Vaccination report Assam 1896-1927 - 1896-1927
Year: 1896
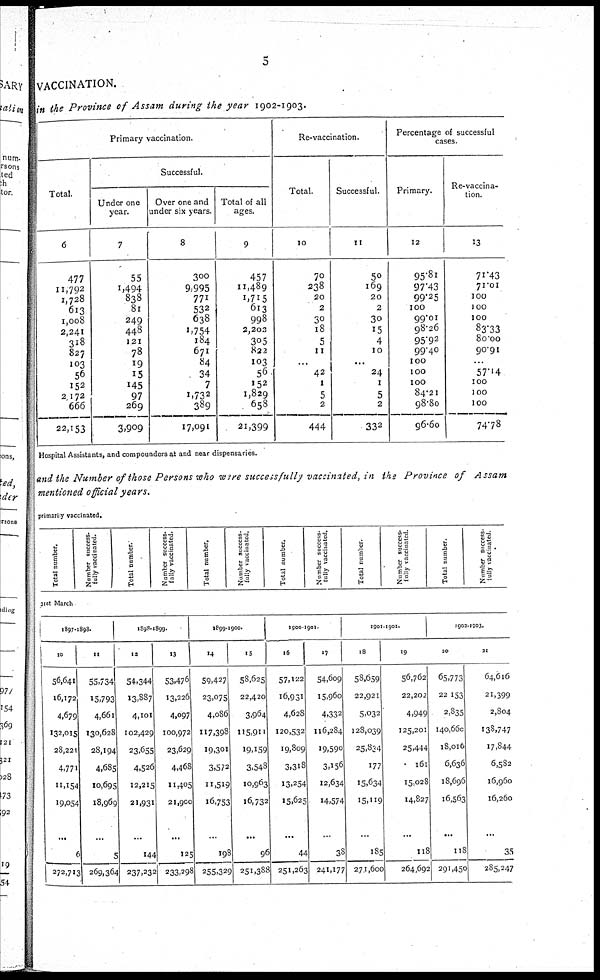
5
VACCINATION.
in the Province of Assam during the year 1902-1903.
Primary vaccination.
Total.
6
477
11,792
1,728
613
1,008
2,241
318
827
103
56
152
2,172
666
22,153
Successful.
Under one
year.
7
55
1,494
838
81
249
448
121
78
19
15
145
97
269
3,909
Over one and
under six years.
8
300
9,995
771
532
638
1,754
184
671
84
34
7
1,732
389
17,091
Total of all
ages.
9
457
11,489
1,715
613
998
2,202
305
822
103
56
152
1,829
658
21,399
Re-vaccination.
Total.
10
70
238
20
2
30
18
5
11
...
42
1
5
2
444
Successful.
11
50
169
20
2
30
15
4
10
...
24
1
5
2
332
Percentage of successful
cases.
Primary.
12
95.81
97.43
99.25
100
99.01
98.26
95.92
99.40
100
100
100
84.21
98.80
96.60
Re-vaccina-
tion.
13
71.43
71.01
100
100
100
83.33
80.00
90.91
...
57.14
100
100
100
74.78
Hospital Assistants, and compounders at and near dispensaries.
and the Number of those Persons who were successfully vaccinated, in the Province of Assam
mentioned official years.
primarily vaccinated.
Total number.
Number success-
fully vaccinated.
Total number.
Number success¬
fully vaccinated.
Total number.
Number success-
fully vaccinatcd.
Total number.
Number success-
fully vaccinated.
Total number.
Number success¬
fully vaccinated.
Total number.
Number success-
fully vaccinated.
31st March
1897-1893.
10
56,641
16,172
4,679
132,015
28,221
4,771
11,154
19,054
...
6
272,713
11
55,734
15,793
4,661
130,628
28,194
4,685
10,695
18,969
...
5
269,364
1898-1899.
12
54,344
13,887
4,101
102,429
23,655
4,526
12,215
21,931
...
144
237,232
13
53,476
13,226
4,097
100,972
23,629
4,468
11,405
21,900
...
125
233,298
1899-1900.
14
59,427
23,075
4,086
117,398
19,301
3,572
11,519
16,753
...
198
255,329
15
58,625
22,420
3,964
115,911
19,159
3,548
10,963
16,732
...
96
251,388
1900-1901.
16
57,122
16,931
4,628
120,532
19,809
3,318
13,254
15,625
...
44
251,263
17
54,609
15,960
4,332
116,284
19,590
3,156
12,634
14,574
...
38
241,177
1901-1902.
18
58,659
22,921
5,032
128,039
25,834
177
15,634
15,119
...
185
271,600
19
56,762
22,202
4,949
125,201
25,444
161
15,028
14,827
...
118
264,692
1903-1903.
20
65,773
22,153
2,835
140,660
18,016
6,636
18,696
16,563
...
118
291,450
21
64,616
21,399
2,804
138,747
17,844
6,582
16,960
16,260
...
35
285,247